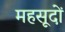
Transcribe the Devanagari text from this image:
महसूदों